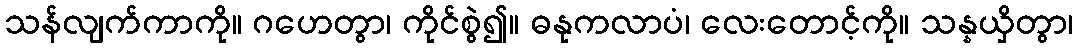
သန်လျက်ကာကို။ ဂဟေတွာ၊ ကိုင်စွဲ၍။ ဓနုကလာပံ၊ လေးတောင့်ကို။ သန္နယှိတွာ၊